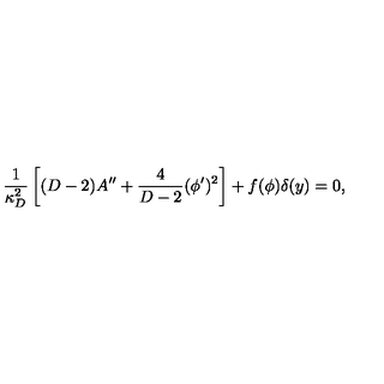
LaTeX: { \frac { 1 } { \kappa _ { D } ^ { 2 } } } \left[ ( D - 2 ) A ^ { \prime \prime } + { \frac { 4 } { D - 2 } } ( \phi ^ { \prime } ) ^ { 2 } \right] + f ( \phi ) \delta ( y ) = 0 ,